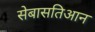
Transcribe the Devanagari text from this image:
सेबासतिआन